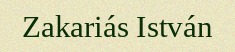
Zakariás István